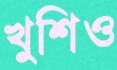
খুশিও